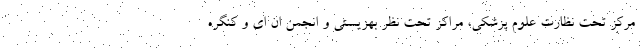
مرکز تحت نظارت علوم پزشکی، مراکز تحت نظر بهزیستی و انجمن ان ای و کنگره